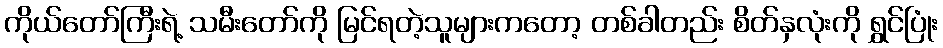
ကိုယ်တော်ကြီးရဲ့ သမီးတော်ကို မြင်ရတဲ့သူများကတော့ တစ်ခါတည်း စိတ်နှလုံးကို ရွှင်ပြုံး